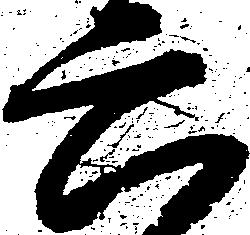
六